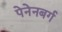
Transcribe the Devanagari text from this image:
पेनेनबर्ग